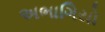
અભાગિયો